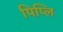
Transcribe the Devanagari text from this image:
पिप्लि